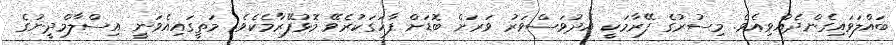
ބައްލަވައިގެންދެއްވިއެވެ. މިސުރުގެ ފޭރާމަކީ އެދުވަސްވަރު ވަރަށް ބޮޑަށް ފާހަގަކުރެވޭ މޮޅުފޭރާމެކެވެ. މަތީގައިއެވަނީ އިސްލާމްދީނުގެ